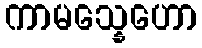
ကာမသ္နေဟော